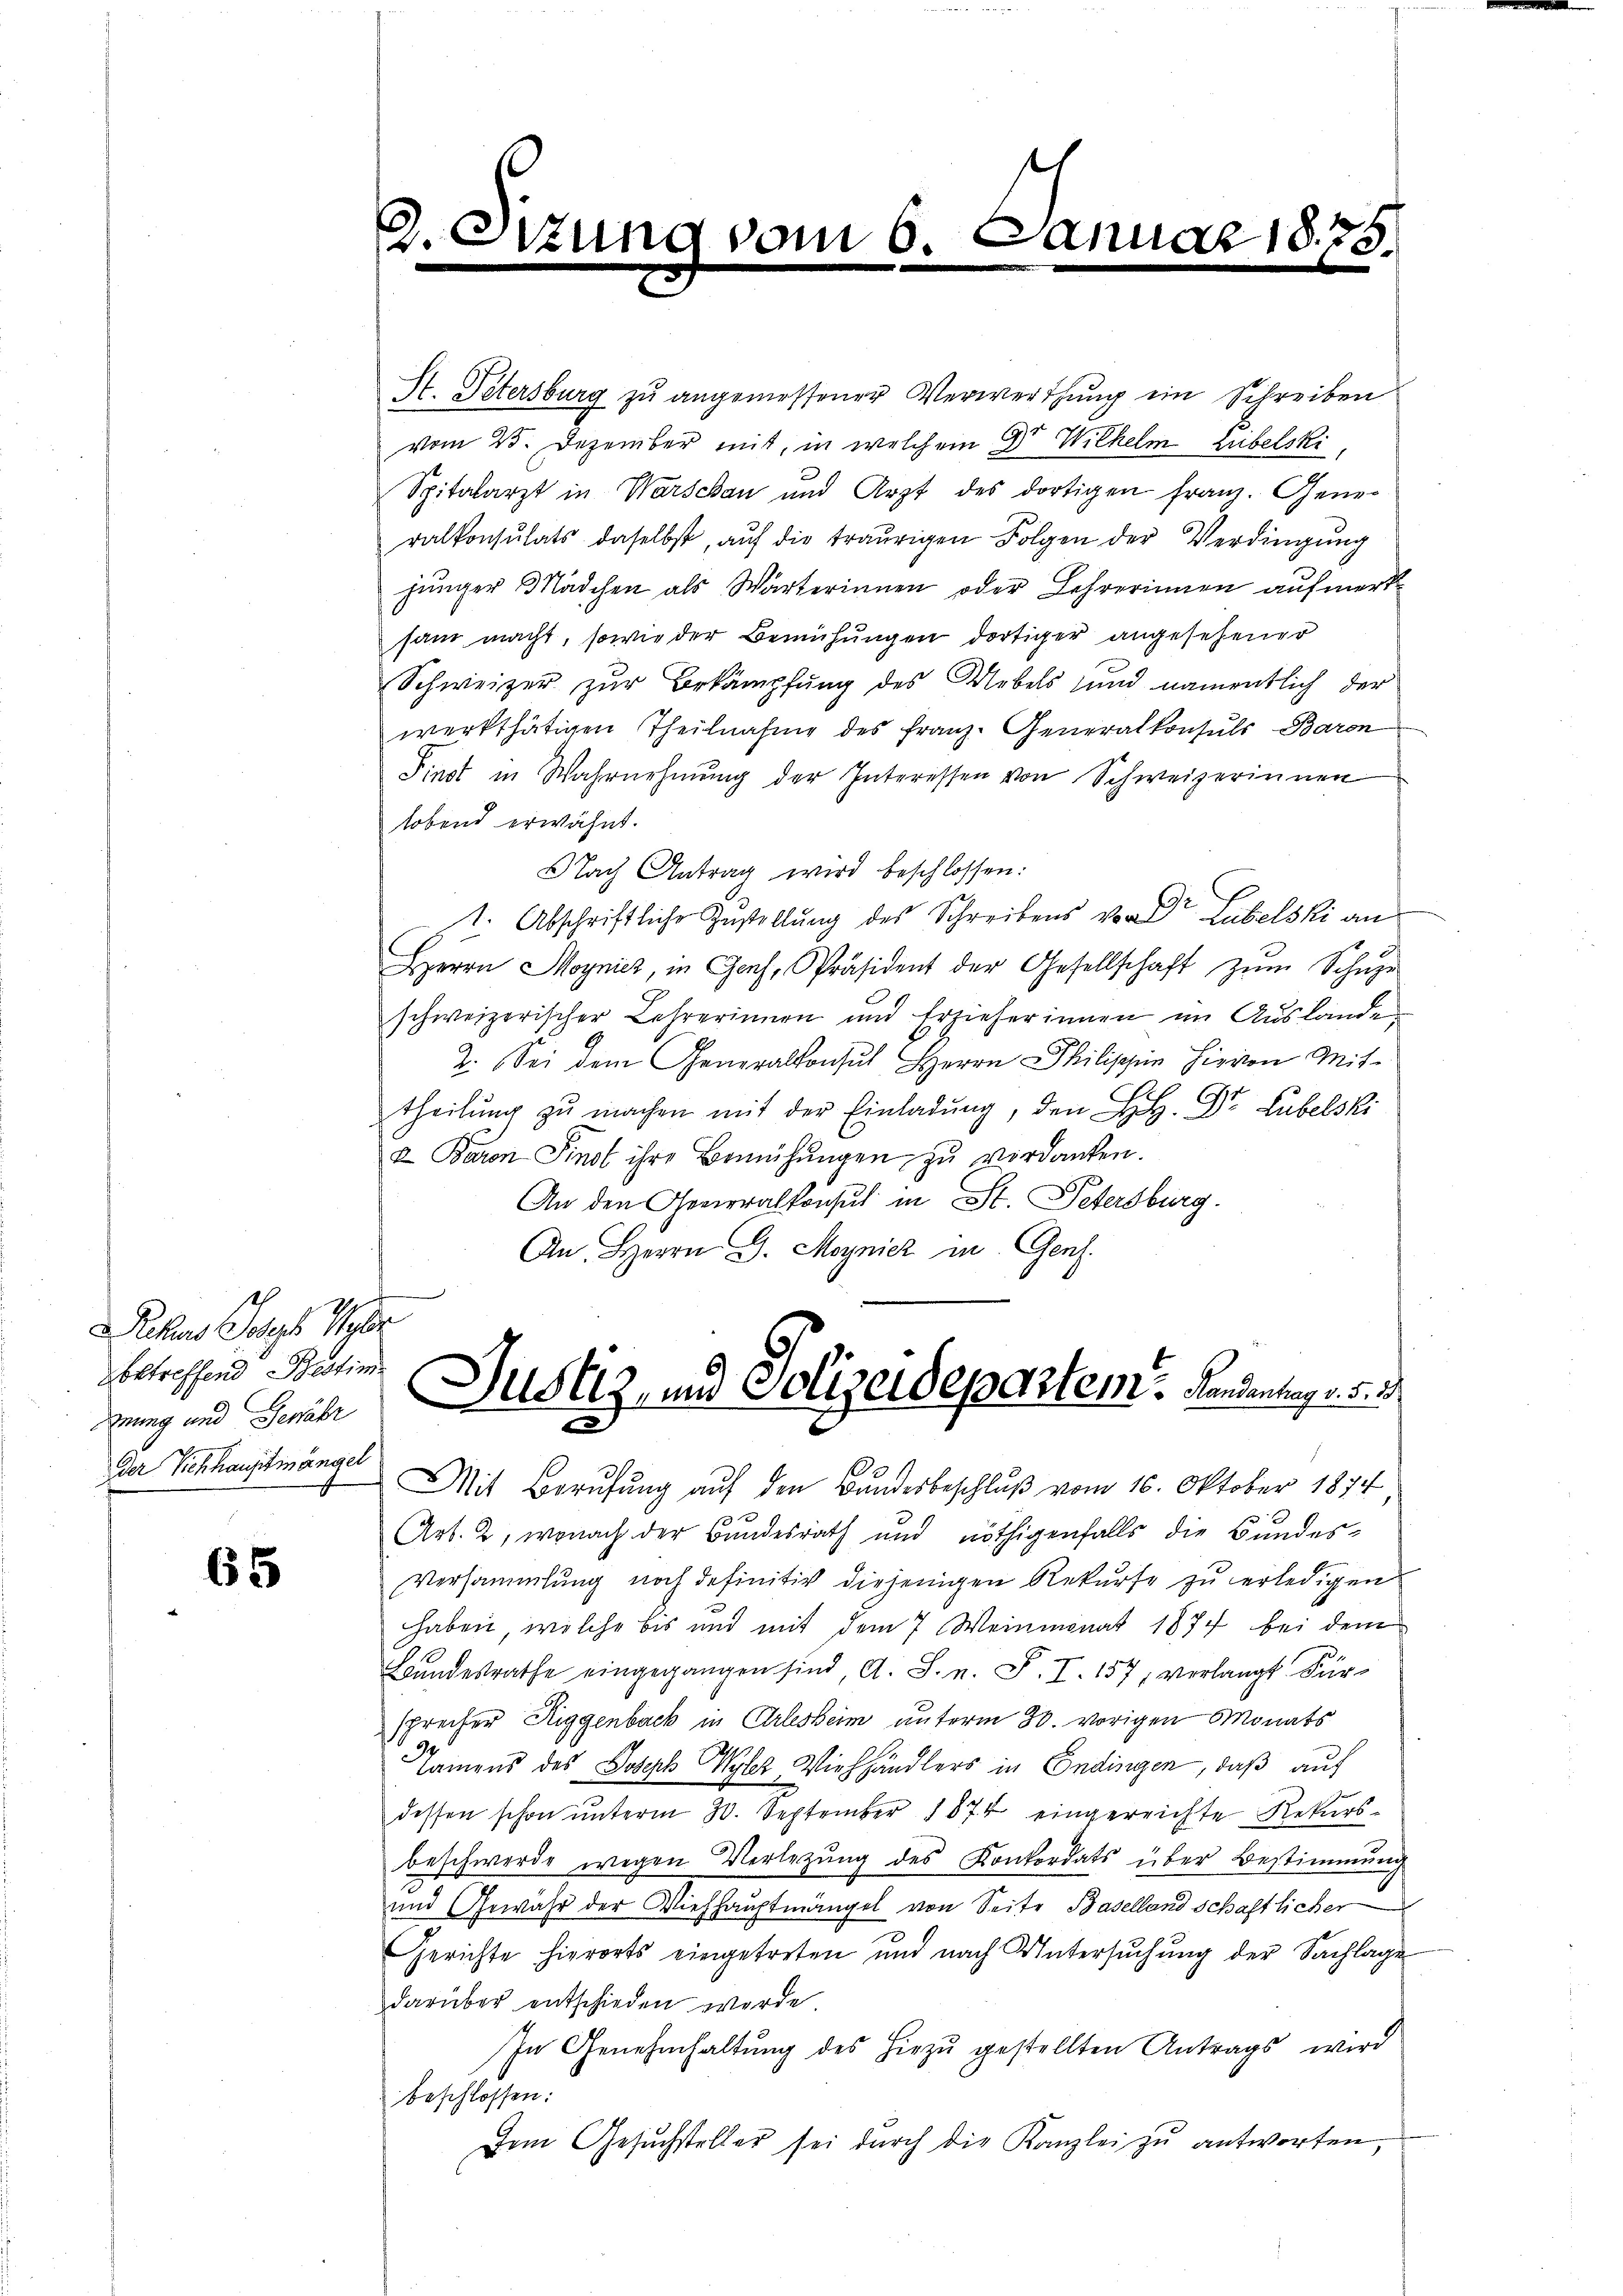
Pehn Tags Ver
betreffend Bestim
gnung und Gewähr
der Sichhauptmängel

655

D.Stzung vom 6. Januar 1875.

St. Petersburg zu angemessener Verwerthung ein Schreiben
vom 25. Dezember mit, in welchem Dr Wilhelm Libelski
Spitalarzt in Warschau und Arzt des dortigen Franz. Gener
ralkonsulats daselbst, aŭf die traurigen Folgen der Verdingŭng
junger Mädchen als Wärterinnen oder Lehrerinnen aufmerksam macht, sowie der Bemühungen dortiger angesehener
Schweizer zur Bekämpfung des Uebels und namentlich der
werkthätigen Theilnahme des Franz. Generalkonsuls Baron
Finst in Wahrnehmung der Interessen von Schweizerinnen
lobend erwähnt.
Nach Antrag wird beschlossen:
1. Abschriftliche Zustellung des Schreibens von Dr Lubelski an
Herrn Moynicz, in Genf, Präsident der Gesellschaft zum Schuze
schweizerischer Lehrerinnen und Erzieherinnen im Auslande
2. Sei dem Generalkonsul Herrn Philippin hievon Mit-
theilŭng zŭ machen mit der Einladŭng, den L. H. Dr. Lubelski
2 Baron Finst ihre Bemühŭngen zŭ verdanken.
An den Generalkonsul in St. Petersburg.
An Herrn G. Moynicz in Genf.
Justiz, und Polizeidepartem Handentags d. d.
Mit Berufung aŭf den Bundesbeschlŭβ vom 16. Oktober 1874
Art. 2, wonach der Bundesrath und nöthigenfalls die Bundes¬
Versammlung noch definitiv diejenigen Rekurse zu erledigen
haben, welche bis und mit dem 7 Weinmonat 1877 bei dem
Bundesrathe eingegangen sind, A. S. n. F. I. 157, verlangt. Fürsprecher Riggenback in Arlesheim unterm 30. vorigen Monats
Namens des Joseph Wylez Viehhändlers in Endingen, daß auf
dessen schon ŭnterm 30. September 1874 eingereichte Rekurs-
beschwerde wegen Verletzung des Konkordats über Bestimmung
und Gewähr der Viehhauptmängel von Seite Baselland schaftlicher
Gerichte hierorts eingetreten und nach Untersuchung der Sachlage
darüber entschieden werde.
In Genehmhaltŭng des hiezŭ gestellten Antrags wird
beschlossen:
Dem Gesŭchsteller sei dŭrch die Kanzlei zu antworten,